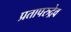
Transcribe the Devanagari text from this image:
प्रतापरुद्रेव